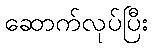
ဆောက်လုပ်ပြီး